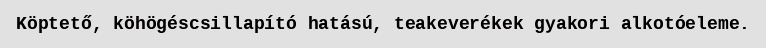
Köptető, köhögéscsillapító hatású, teakeverékek gyakori alkotóeleme.